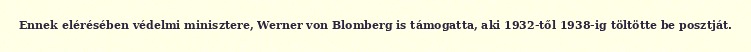
Ennek elérésében védelmi minisztere, Werner von Blomberg is támogatta, aki 1932-től 1938-ig töltötte be posztját.